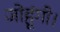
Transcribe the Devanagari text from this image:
जोहूंगी।